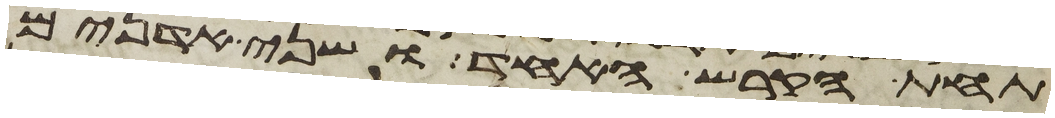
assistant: תחת הקרש האחד ושני אדנים